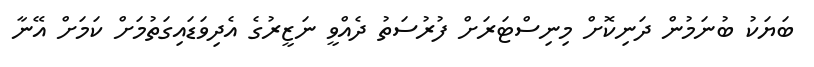
ބަޔަކު ބުނަމުން ދަނިކޮށް މިނިސްޓަރަށް ފުރުސަތު ދެއްވީ ނަޒީރުގެ އެދިވަޑައިގަތުމަށް ކަމަށް އޭނާ